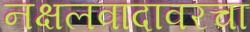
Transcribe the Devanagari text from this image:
नक्षलवादावरचा